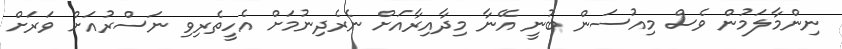
ނިންމާލަމުން ވެސް މިއުސަން ބުނީ އޭނާ މިދާއިރާއަށް ނެރެދިނުމަށް އެހީތެރިވި ނަސްރުއަށް ވަރަށް